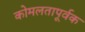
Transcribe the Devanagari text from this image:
कोमलतापूर्वक